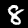
Digit: 8